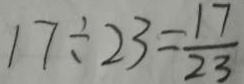
1 7 \div 2 3 = \frac { 1 7 } { 2 3 }